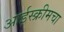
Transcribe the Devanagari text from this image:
आईस्क्रीमचा